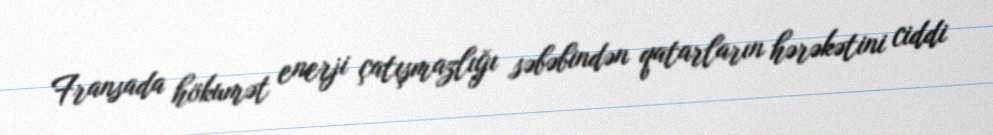
Fransada hökumət enerji çatışmazlığı səbəbindən qatarların hərəkətini ciddi